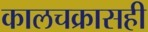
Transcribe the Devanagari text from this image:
कालचक्रासही